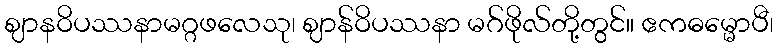
ဈာနဝိပဿနာမဂ္ဂဖလေသု၊ ဈာန်ဝိပဿနာ မဂ်ဖိုလ်တို့တွင်။ ဧကဓမ္မောပီ၊